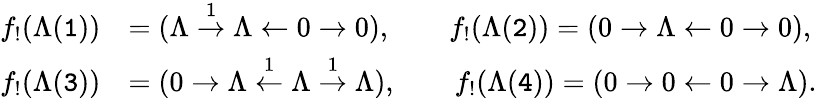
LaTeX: \begin{array}{rl}{f_{!}(\Lambda(\mathtt{1}))}&{=(\Lambda\stackrel{1}{\to}\Lambda\leftarrow 0\to 0),\qquad f_{!}(\Lambda(\mathtt{2}))=(0\to\Lambda\leftarrow 0\to 0),}\\ {f_{!}(\Lambda(\mathtt{3}))}&{=(0\to\Lambda\stackrel{1}{\leftarrow}\Lambda\stackrel{1}{\to}\Lambda),\qquad f_{!}(\Lambda(\mathtt{4}))=(0\to 0\leftarrow 0\to\Lambda).}\end{array}